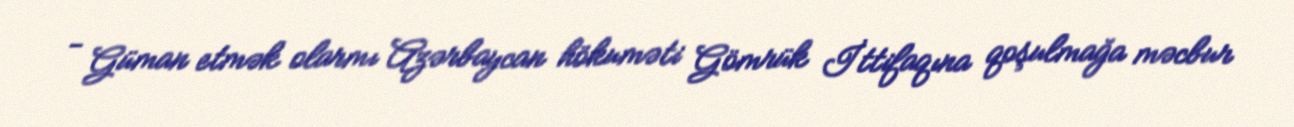
- Güman etmək olarmı Azərbaycan hökuməti Gömrük İttifaqına qoşulmağa məcbur